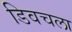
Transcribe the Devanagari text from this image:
डिवचला